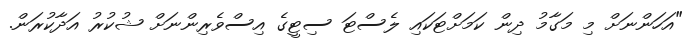
"އަހަންނަށް މި މަގާމު ދިން ކަމަށްޓަކައި ލެސްޓަ ސިޓީގެ އިސްވެރިންނަށް ޝުކުރު އަދާކުރަން.